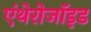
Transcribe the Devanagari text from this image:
एंथेरोजॉइड